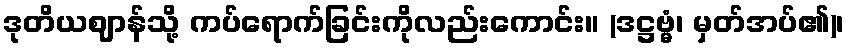
ဒုတိယဈာန်သို့ ကပ်ရောက်ခြင်းကိုလည်းကောင်း။ (ဒဋ္ဌဗ္မံ၊ မှတ်အပ်၏)၊